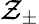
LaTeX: \mathcal{Z}_{\pm}